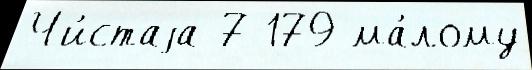
Чи́стаjа 7 179 ма́лому